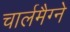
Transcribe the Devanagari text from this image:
चार्लमैग्ने